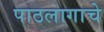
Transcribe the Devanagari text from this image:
पाठलागाचे